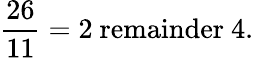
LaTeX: {\frac{26}{11}}=2{\mathrm{~remainder~}}4.